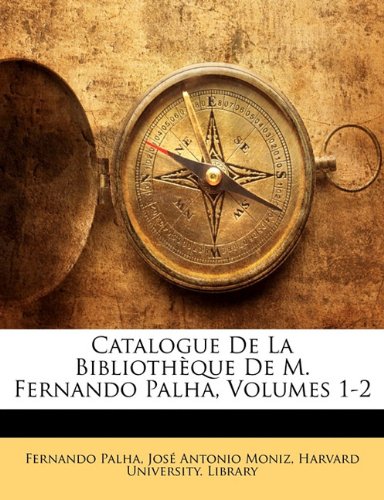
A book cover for Catalogue De La BibliothÃ¨que De M. Fernando Palha, Volumes 1-2 (Portuguese Edition); Fernando Palha; Crafts, Hobbies & Home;